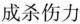
成杀伤力